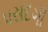
પસદગી